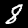
Digit: 8